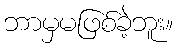
ဘာမှမဖြစ်ခဲ့ဘူး။